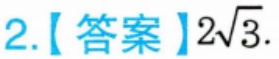
2.【答案】\(2\sqrt{3}\).